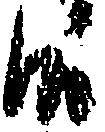
候